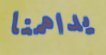
يداهمنا